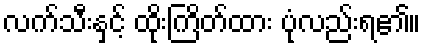
လက်သီးနှင့် ထိုးကြိတ်ထား ပုံလည်းရ၏။